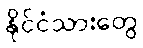
နိုင်ငံသားတွေ